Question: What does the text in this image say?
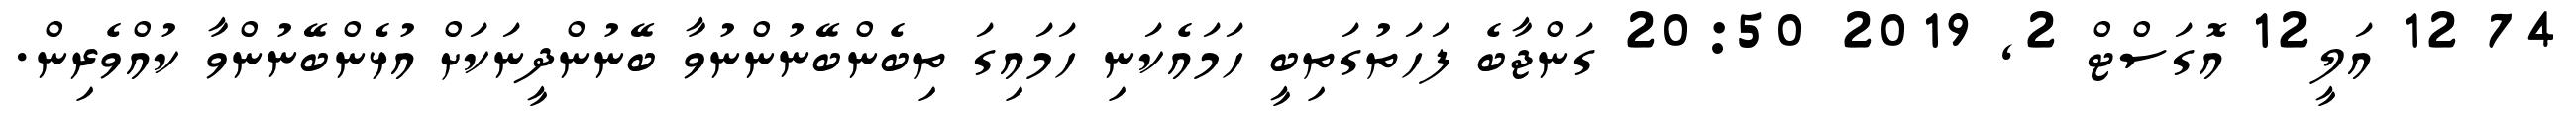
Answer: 74 12 އަލީ12 އޮގަސްޓް 2, 2019 20:50 ގަންޖާބެ ފަހަތުގަތިބީ ހަމައެކަނި ހަމައިގަ ތިބެންބޭނުންނުވާ ބޭނުންދީނަކަށް އުޅެންބޭނުންވާ ކުއްވެރިން.